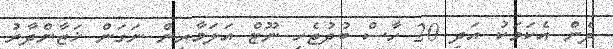
ދެން އެކަަމަކު އަދި 20 ހާސް ބުދުޖެހި ނޫޓް އަލަމާރިން ނަގަން ޚަޒާންދާރު